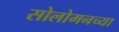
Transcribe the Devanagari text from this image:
सोलोमनच्या